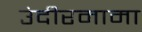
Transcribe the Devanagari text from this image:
उंदीरमामा